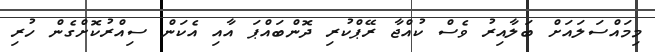
މިމައްސަލައަށް ބަލާއިރު ވެސް ކުއްޖާ ރޭޕްކުރި ދޮންބައްޕަ އާއި އެކަން ސިއްރުކޮށްގެން ހުރި